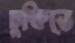
চুক্ষিতে